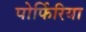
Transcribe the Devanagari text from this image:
पोर्फिरिया